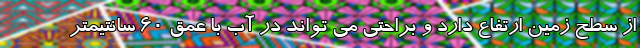
از سطح زمین ارتفاع دارد و براحتی می تواند در آب با عمق 60 سانتیمتر